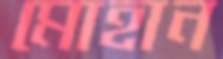
মোহান